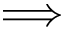
\Longrightarrow